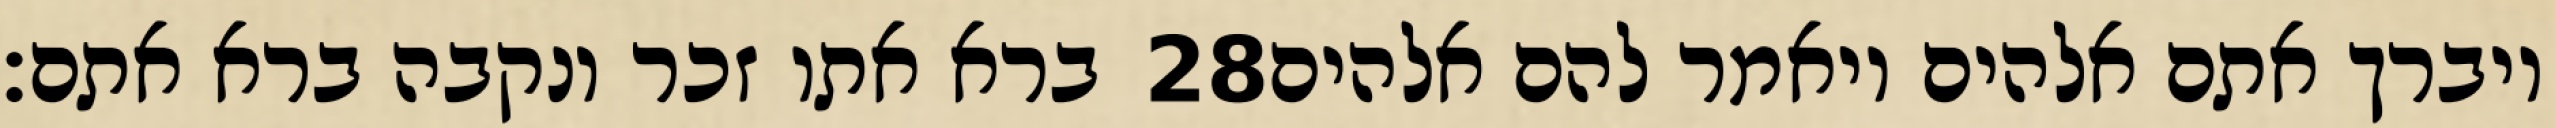
ברא אתו זכר ונקבה ברא אתם׃ ‎28‏ ויברך אתם אלהים ויאמר להם אלהים